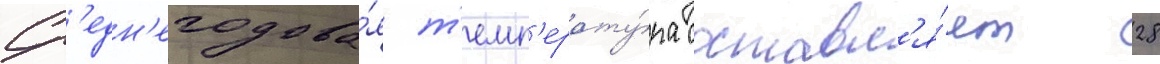
Ср'едн'егодова́я т'емп'ерату́ра составл'я́ет 28